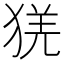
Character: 猐